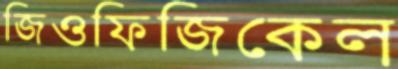
জিওফিজিকেল